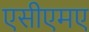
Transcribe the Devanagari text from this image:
एसीएमए